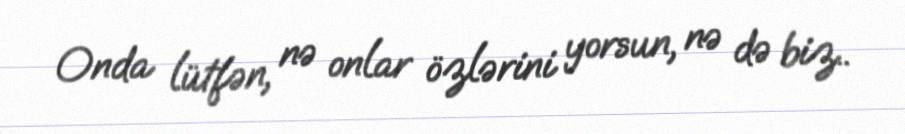
Onda lütfən, nə onlar özlərini yorsun, nə də biz..